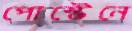
পোস্টেনে